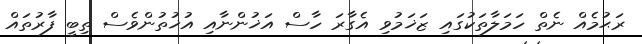
ރަޙުމެއް ނެތް ހަމަލާތަކުގައި ޒަޚަމުވި އެގާރަ ހާސް އަޚުންނާއި އުޚުތުންވެސް ތިބީ ފާރުތައް